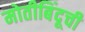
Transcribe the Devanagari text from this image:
मोतीबिंदूची